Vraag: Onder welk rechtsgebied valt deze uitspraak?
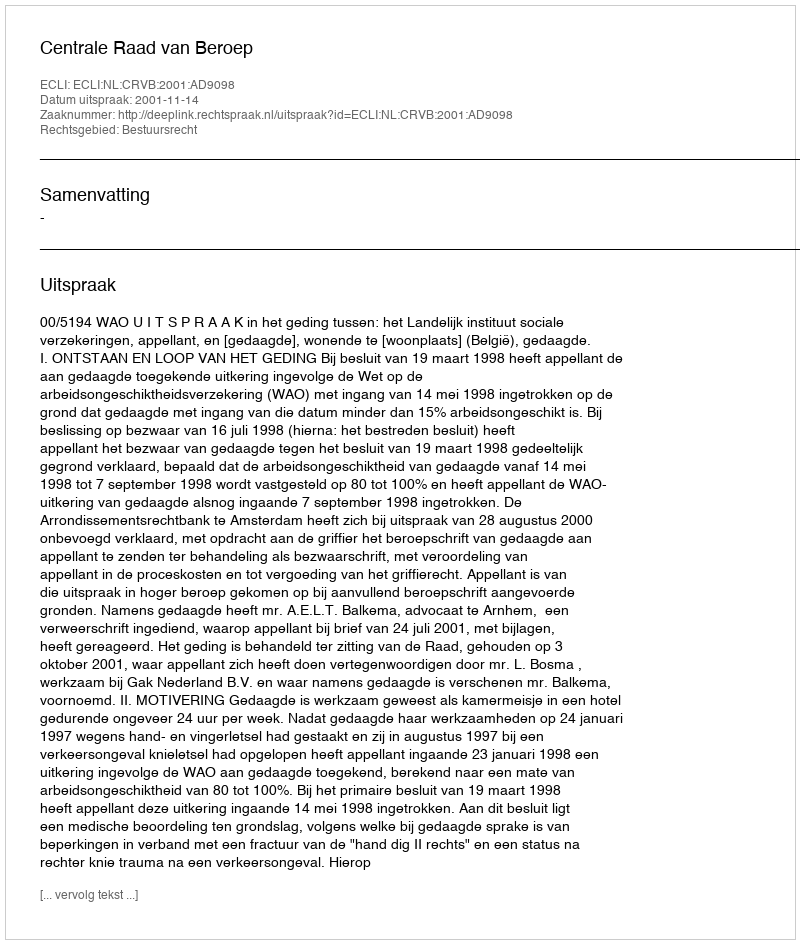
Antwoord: Bestuursrecht